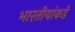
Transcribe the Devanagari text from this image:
भारतीयांकडे